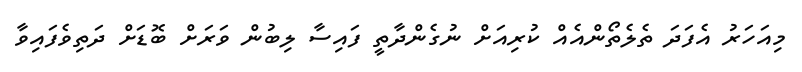
މިއަހަރު އެފަދަ ތެލެތޯންއެއް ކުރިއަށް ނުގެންދާތީ ފައިސާ ލިބުން ވަރަށް ބޮޑަށް ދަތިވެފައިވާ